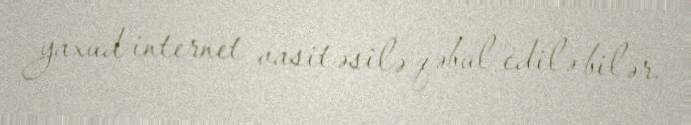
yaxud internet vasitəsilə qəbul edilə bilər.